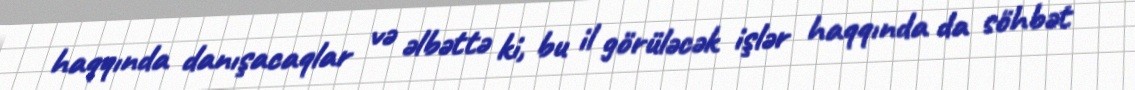
haqqında danışacaqlar və əlbəttə ki, bu il görüləcək işlər haqqında da söhbət